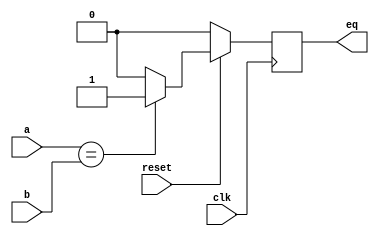
`timescale 1ns / 1ps

module comparator(clk,reset, a, b, eq);
    parameter DATAWIDTH = 1;
    input [DATAWIDTH-1:0] a, b;
    output reg eq;
    input clk,reset;
    
    always@(posedge clk) begin
        if(reset==1'b0)
        begin
            eq<=1'b0;
        end
        else if (a == b) begin
            eq <= 1'b1;  
        end
        else begin
            eq <= 1'b0;
        end
    end
endmodule